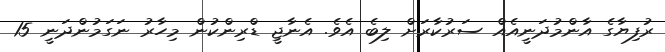
ރުފިޔާގެ އާންމުދަނީއެއް ސަރުކާރަށް ލިބެ އެވެ. އެނާޖީ ޑްރިންކުން މިހާރު ނަގަމުންދަނީ 15